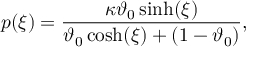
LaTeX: p ( \xi ) = \frac { \kappa \vartheta _ { 0 } \sinh ( \xi ) } { \vartheta _ { 0 } \cosh ( \xi ) + ( 1 - \vartheta _ { 0 } ) } ,